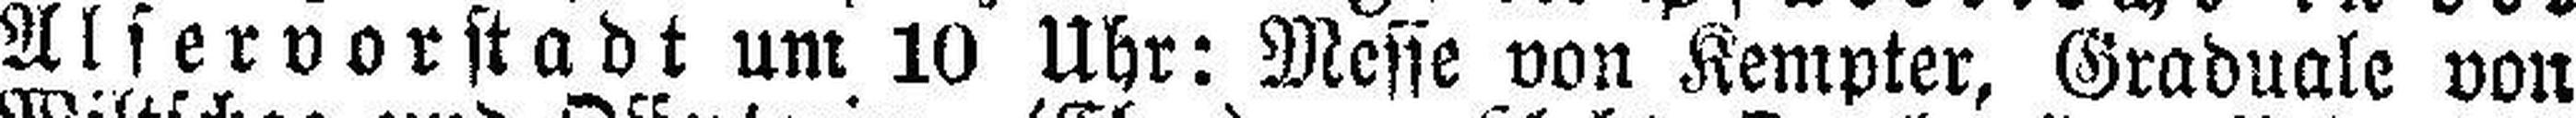
Alservorstadt um 10 Uhr: Messe von Kempter, Graduale von